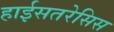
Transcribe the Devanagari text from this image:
हाईसतरेसिस